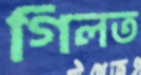
গিলত